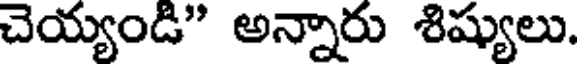
చెయ్యండి" అన్నారు శిష్యులు.